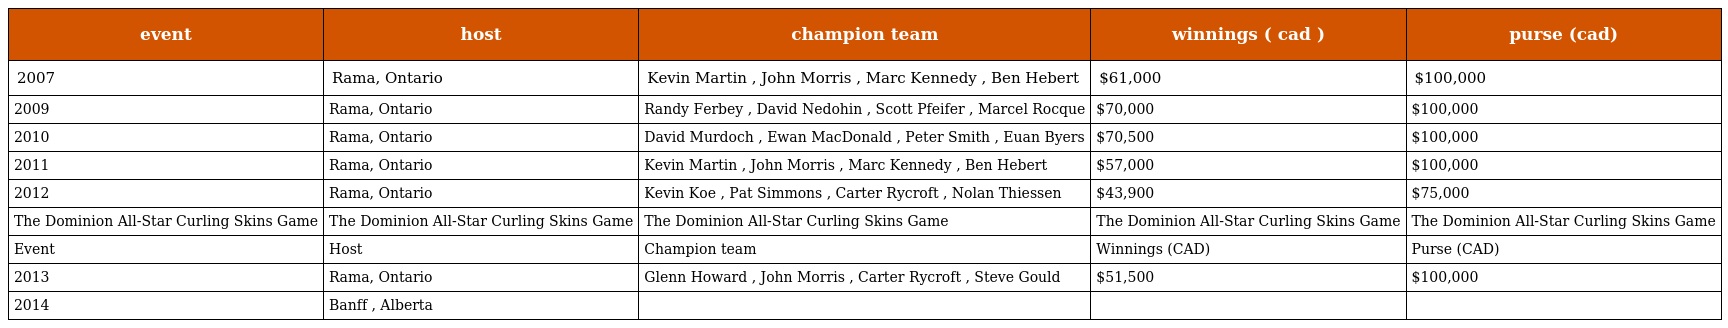
| event | host | champion team | winnings ( cad ) | purse (cad) |
 | --- | --- | --- | --- | --- |
 | 2007 | Rama, Ontario | Kevin Martin , John Morris , Marc Kennedy , Ben Hebert | $61,000 | $100,000 |
 | 2009 | Rama, Ontario | Randy Ferbey , David Nedohin , Scott Pfeifer , Marcel Rocque | $70,000 | $100,000 |
 | 2010 | Rama, Ontario | David Murdoch , Ewan MacDonald , Peter Smith , Euan Byers | $70,500 | $100,000 |
 | 2011 | Rama, Ontario | Kevin Martin , John Morris , Marc Kennedy , Ben Hebert | $57,000 | $100,000 |
 | 2012 | Rama, Ontario | Kevin Koe , Pat Simmons , Carter Rycroft , Nolan Thiessen | $43,900 | $75,000 |
 | The Dominion All-Star Curling Skins Game | The Dominion All-Star Curling Skins Game | The Dominion All-Star Curling Skins Game | The Dominion All-Star Curling Skins Game | The Dominion All-Star Curling Skins Game |
 | Event | Host | Champion team | Winnings (CAD) | Purse (CAD) |
 | 2013 | Rama, Ontario | Glenn Howard , John Morris , Carter Rycroft , Steve Gould | $51,500 | $100,000 |
 | 2014 | Banff , Alberta |  |  |  |